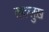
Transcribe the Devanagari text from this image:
ताल्लुख़